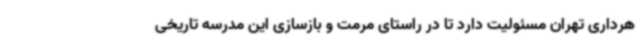
هرداری تهران مسئولیت دارد تا در راستای مرمت و بازسازی این مدرسه تاریخی